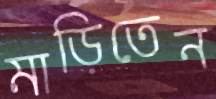
মাড়িতেন